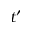
t ^ { \prime }